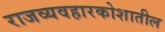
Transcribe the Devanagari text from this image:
राजव्यवहारकोशातील